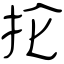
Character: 抡